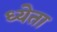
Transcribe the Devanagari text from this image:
ध्येता